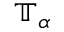
\mathbb { T } _ { \alpha }